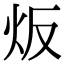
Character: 炍